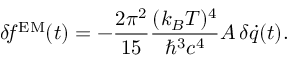
\delta \! f ^ { \mathrm { E M } } ( t ) = - { \frac { 2 \pi ^ { 2 } } { 1 5 } } { \frac { ( k _ { B } T ) ^ { 4 } } { \hbar ^ { 3 } c ^ { 4 } } } A \, \delta \dot { q } ( t ) .